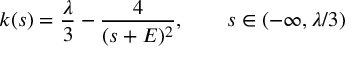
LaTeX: k ( s ) = \frac { \lambda } 3 - \frac { 4 } { ( s + E ) ^ { 2 } } , \qquad s \in ( - \infty , \lambda / 3 )